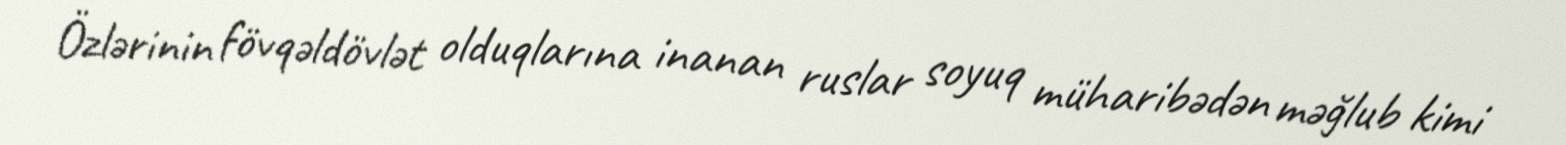
Özlərinin fövqəldövlət olduqlarına inanan ruslar soyuq müharibədən məğlub kimi